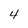
Character: 4